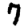
Digit: 7